Indian Medical Review
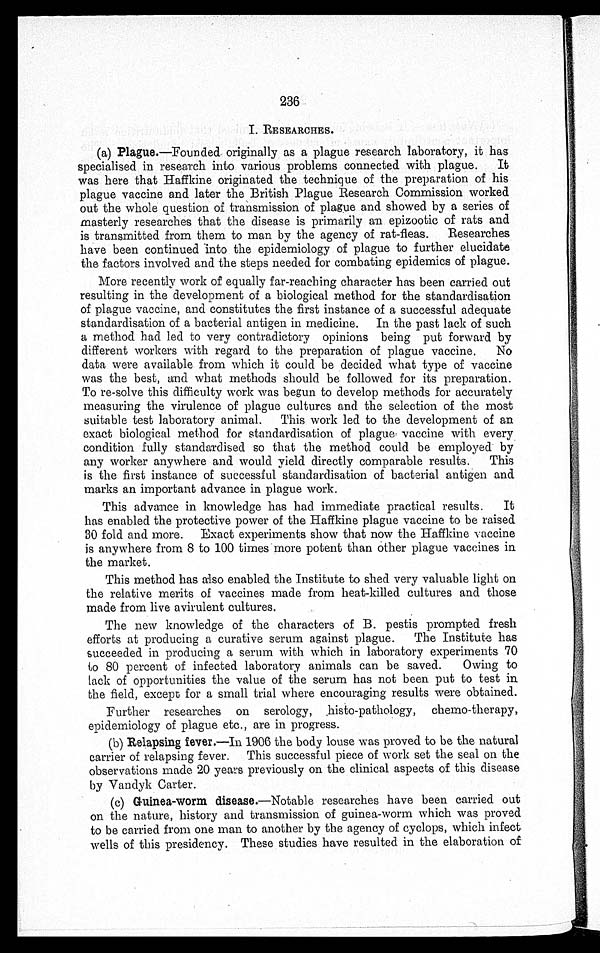
236
I. RESEARCHES.
(a) Plague.—Founded- originally as a plague research laboratory, it has
specialised in research into various problems connected with plague. It
was here that Haffkine originated the technique of the preparation of his
plague vaccine and later the . British Plague Research Commission worked
out the whole question of transmission of plague and showed by a series of
masterly researches that the disease is primarily an epizootic of rats and
is . transmitted from them to man by the agency of rat-fleas. Researches
have been continued into the epidemiology of plague to further elucidate
the factors involved and the steps needed for combating epidemics of plague.
More recently work of equally far-reaching character has been carried out
resulting in the development of a biological method for the standardisation
of plague vaccine, and constitutes the first instance of a successful adequate
standardisation of a bacterial antigen in medicine. In the past lack of such
a method had led to very contradictory opinions being put forward by
different workers with regard to the preparation of plague vaccine, No
data were available from which it could be decided what type of vaccine
was the best, and what methods should be followed for its preparation.
To re-solve this difficulty work was begun to develop methods for accurately
measuring the virulence of plague cultures and the selection of the most
suitable test laboratory animal. This work led to the development of an
exact biological method for standardisation of plague, vaccine with every.
condition fully standardised so that the method could be employed by
any worker anywhere and would yield directly comparable results. This
is the first instance of successful standardisation of bacterial antigen and
marks an important advance in plague work.
This advance in knowledge has had immediate practical results. It
has enabled the protective power of the Haffkine plague vaccine to be raised
30 fold and more. Exact experiments show that now the Haffkine vaccine
is anywhere from 8 to 100 times more potent than other plague vaccines in
the market.
This method has also enabled the Institute to shed very valuable light on
the relative merits of vaccines made from heat-killed cultures and those
made from live avirulent cultures.
The new knowledge of the characters of B. pestis prompted fresh
efforts at producing a curative serum against plague. The Institute has
succeeded in producing a serum with which in laboratory experiments 70
to 80 percent of infected laboratory animals can be saved. Owing to
Lack of opportunities the value of the serum has not been put to test in
the field, except for a small trial where encouraging results were obtained.
Further researches on serology, ,histo-pathology, chemo-therapy,
epidemiology of plague etc., are in progress.
(b) Relapsing fever.—In 1906 the body louse was proved to be the natural
carrier of relapsing fever. This successful piece of work set the seal on the
observations made 20 years previously on the clinical aspects of this disease
by Vandyk Carter.
(c) Guinea-worm disease.—Notable researches have been carried out
on the nature, history and transmission of guinea-worm which was proved
to be carried from one man to another by the agency of cyclops, which infect,
wells of this presidency. These studies have resulted in the elaboration of